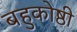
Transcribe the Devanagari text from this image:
बहुकोष्ठी